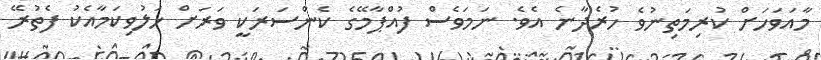
މާއަވަހަށް ކުރިމަތިނުވެ ހުރެދާނެ އެވެ. ނަމަވެސް ފުއްޕާމޭގެ ކެންސަރަކީ ވަރަށް ހަލުވިކަމާއެކު ފެތުރޭ